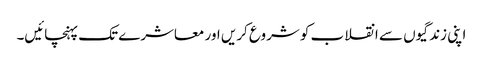
اپنی زندگیوں سے انقلاب کو شروع کریں اور معاشرے تک پہنچائیں۔